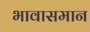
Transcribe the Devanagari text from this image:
भावासमान